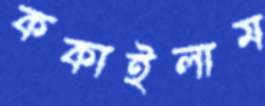
ককাইলাম